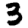
Digit: 3